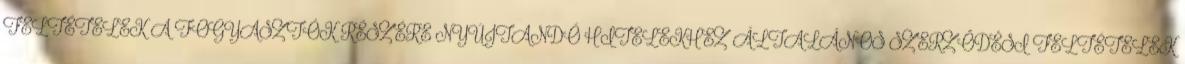
FELTÉTELEK A FOGYASZTÓK RÉSZÉRE NYÚJTANDÓ HITELEKHEZ ÁLTALÁNOS SZERZŐDÉSI FELTÉTELEK